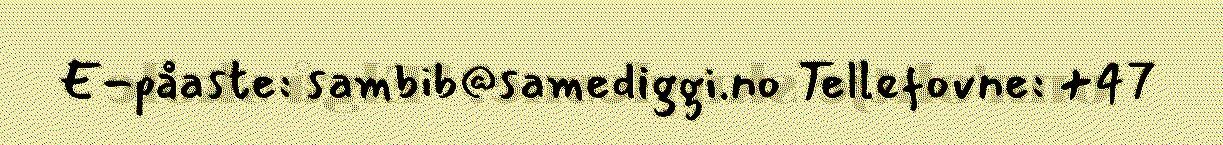
E-påaste: sambib@samediggi.no Tellefovne: +47